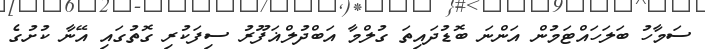
ސަމާހު ބަލަހައްޓަމުން އަންނަ ބޮޑުދައިތަ ގުލްމާ އަބްދުލްޣަފޫރު ސިފަކުރި ގޮތުގައި އޭނާ ކުށުގެ